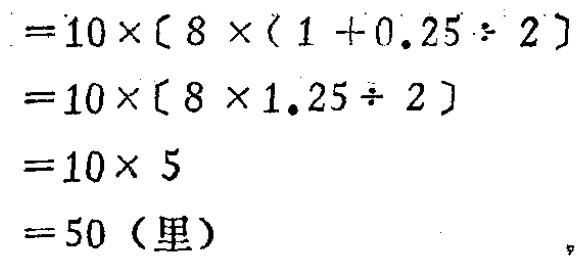
\[

\begin{align*}

&=10\times[8\times(1 + 0.25\div2)]\\

&=10\times[8\times1.25\div2]\\

&=10\times5\\

&=50 (\text{里})

\end{align*}

\]